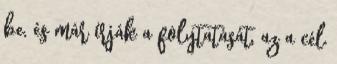
be, és már írják a folytatását, az a cél